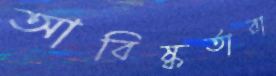
আবিষ্কর্তারা